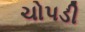
ચોપડી